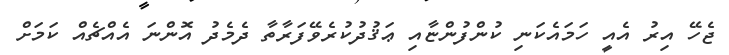
ޖެހޭ އިރު އެއީ ހަމައެކަނި ކުންފުންޏާއި ޢަޤުދުކުރެވޭފަރާތާ ދެމެދު އޮންނަ އެއްޗެއް ކަމަށް